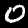
Label: 0